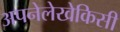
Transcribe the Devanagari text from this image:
अपनेलेखेकिसी